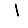
Digit: 1